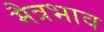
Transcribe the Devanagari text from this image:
मैत्रभाव